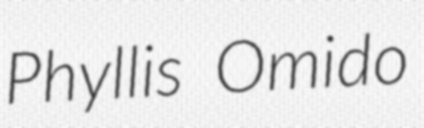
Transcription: Phyllis Omido